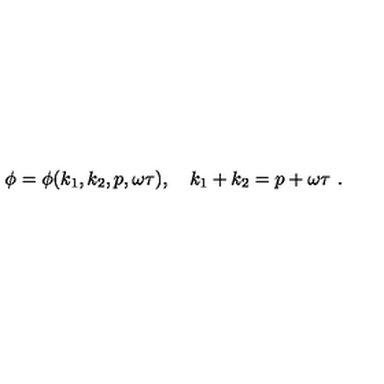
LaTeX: \phi = \phi ( k _ { 1 } , k _ { 2 } , p , \omega \tau ) , \quad k _ { 1 } + k _ { 2 } = p + \omega \tau \ .